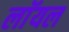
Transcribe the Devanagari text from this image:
लाॅयल